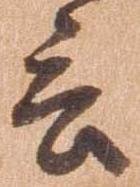
言